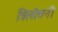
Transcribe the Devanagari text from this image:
त्रिलोचनी